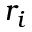
r _ { i }